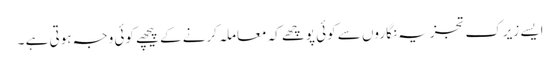
ایسے زیرک تجزیہ نگاروں سے کوئی پوچھے کہ معاملہ کرنے کے پیچھے کوئی وجہ ہوتی ہے ۔